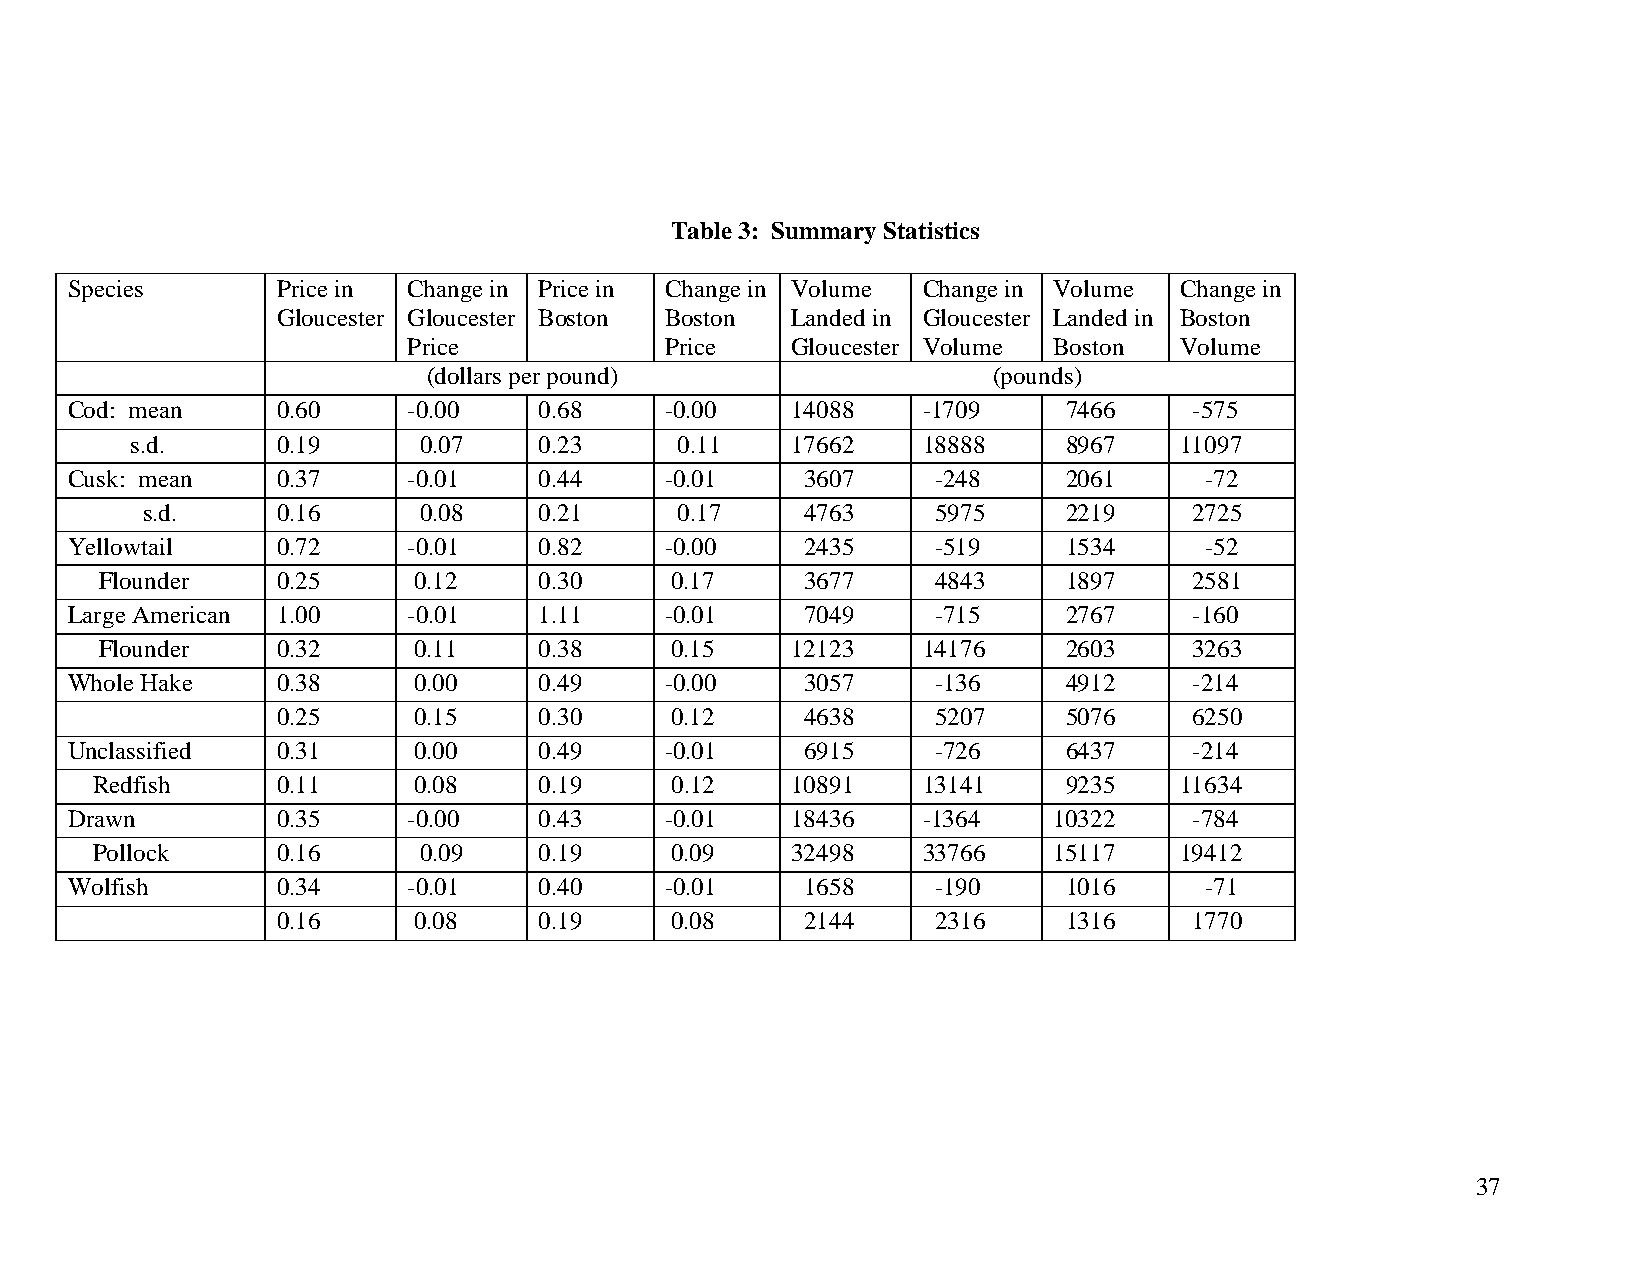
Table 3: Summary Statistics
 Species       Price in Change in Price in Change in Volume Change in Volume Change in
 Gloucester Gloucester Boston Boston Landed in Gloucester Landed in Boston
 Price            Price   Gloucester Volume Boston  Volume
 (dollars per pound)                   (pounds)
 Cod: mean     0.60     -0.00    0.68    -0.00   14088    -1709     7466    -575
 s.d.     0.19      0.07    0.23     0.11   17662    18888     8967   11097
 Cusk: mean    0.37     -0.01    0.44    -0.01    3607     -248     2061     -72
 s.d.     0.16      0.08    0.21     0.17    4763     5975     2219    2725
 Yellowtail    0.72     -0.01    0.82    -0.00    2435     -519     1534     -52
 Flounder   0.25     0.12     0.30    0.17     3677     4843     1897    2581
 Large American 1.00    -0.01    1.11    -0.01    7049     -715     2767    -160
 Flounder   0.32     0.11     0.38    0.15    12123    14176     2603    3263
 Whole Hake    0.38     0.00     0.49    -0.00    3057     -136     4912    -214
 0.25     0.15     0.30    0.12     4638     5207     5076    6250
 Unclassified  0.31     0.00     0.49    -0.01    6915     -726     6437    -214
 Redfish     0.11     0.08     0.19    0.12    10891    13141     9235   11634
 Drawn         0.35     -0.00    0.43    -0.01   18436    -1364    10322    -784
 Pollock     0.16      0.09    0.19    0.09    32498    33766    15117   19412
 Wolfish       0.34     -0.01    0.40    -0.01    1658     -190     1016     -71
 0.16     0.08     0.19    0.08     2144     2316     1316    1770
 37